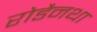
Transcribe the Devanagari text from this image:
रोडैनथा